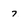
Character: 7